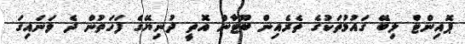
ޕޮއިންޓް ލިބޭ ގައުމުތަކުގެ ތެރެއިން ބޫޓާން އޮތީ ދުނިޔޭގެ ފަހަތުން ދެ ވަނައިގަ